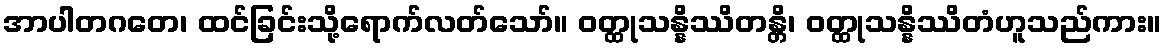
အာပါတဂတေ၊ ထင်ခြင်းသို့ရောက်လတ်သော်။ ဝတ္ထုသန္နိဿိတန္တိ၊ ဝတ္ထုသန္နိဿိတံဟူသည်ကား။